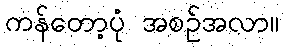
ကန်တော့ပုံ အစဉ်အလာ။